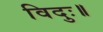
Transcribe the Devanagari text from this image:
विदुः॥